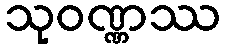
သုဝဏ္ဏဿ